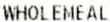
WHOLEMEAL